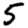
Digit: 5